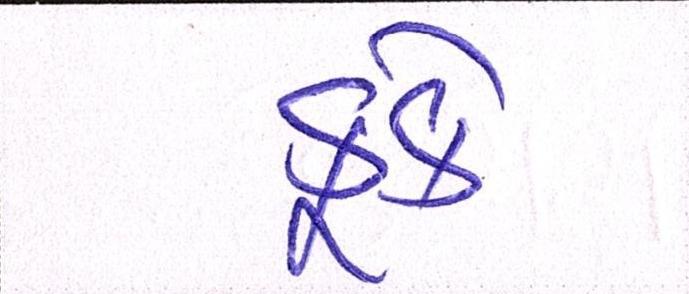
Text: કુકે